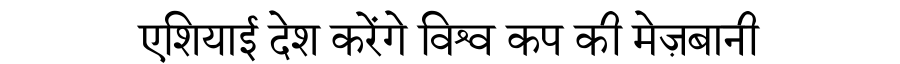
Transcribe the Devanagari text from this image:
एशियाई देश करेंगे विश्व कप की मेज़बानी